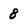
Character: 8